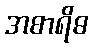
အစာရိဓ